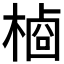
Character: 𬃺